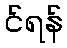
င်ရန်